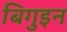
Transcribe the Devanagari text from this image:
बिगुइन